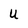
Character: U